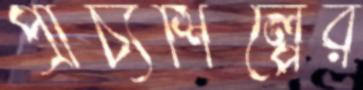
প্রাচ্যশিল্পের